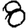
Digit: 8